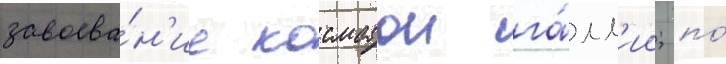
завоева́н'ие косматои га́лл'ии; по́